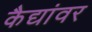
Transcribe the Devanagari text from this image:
कैद्यांवर